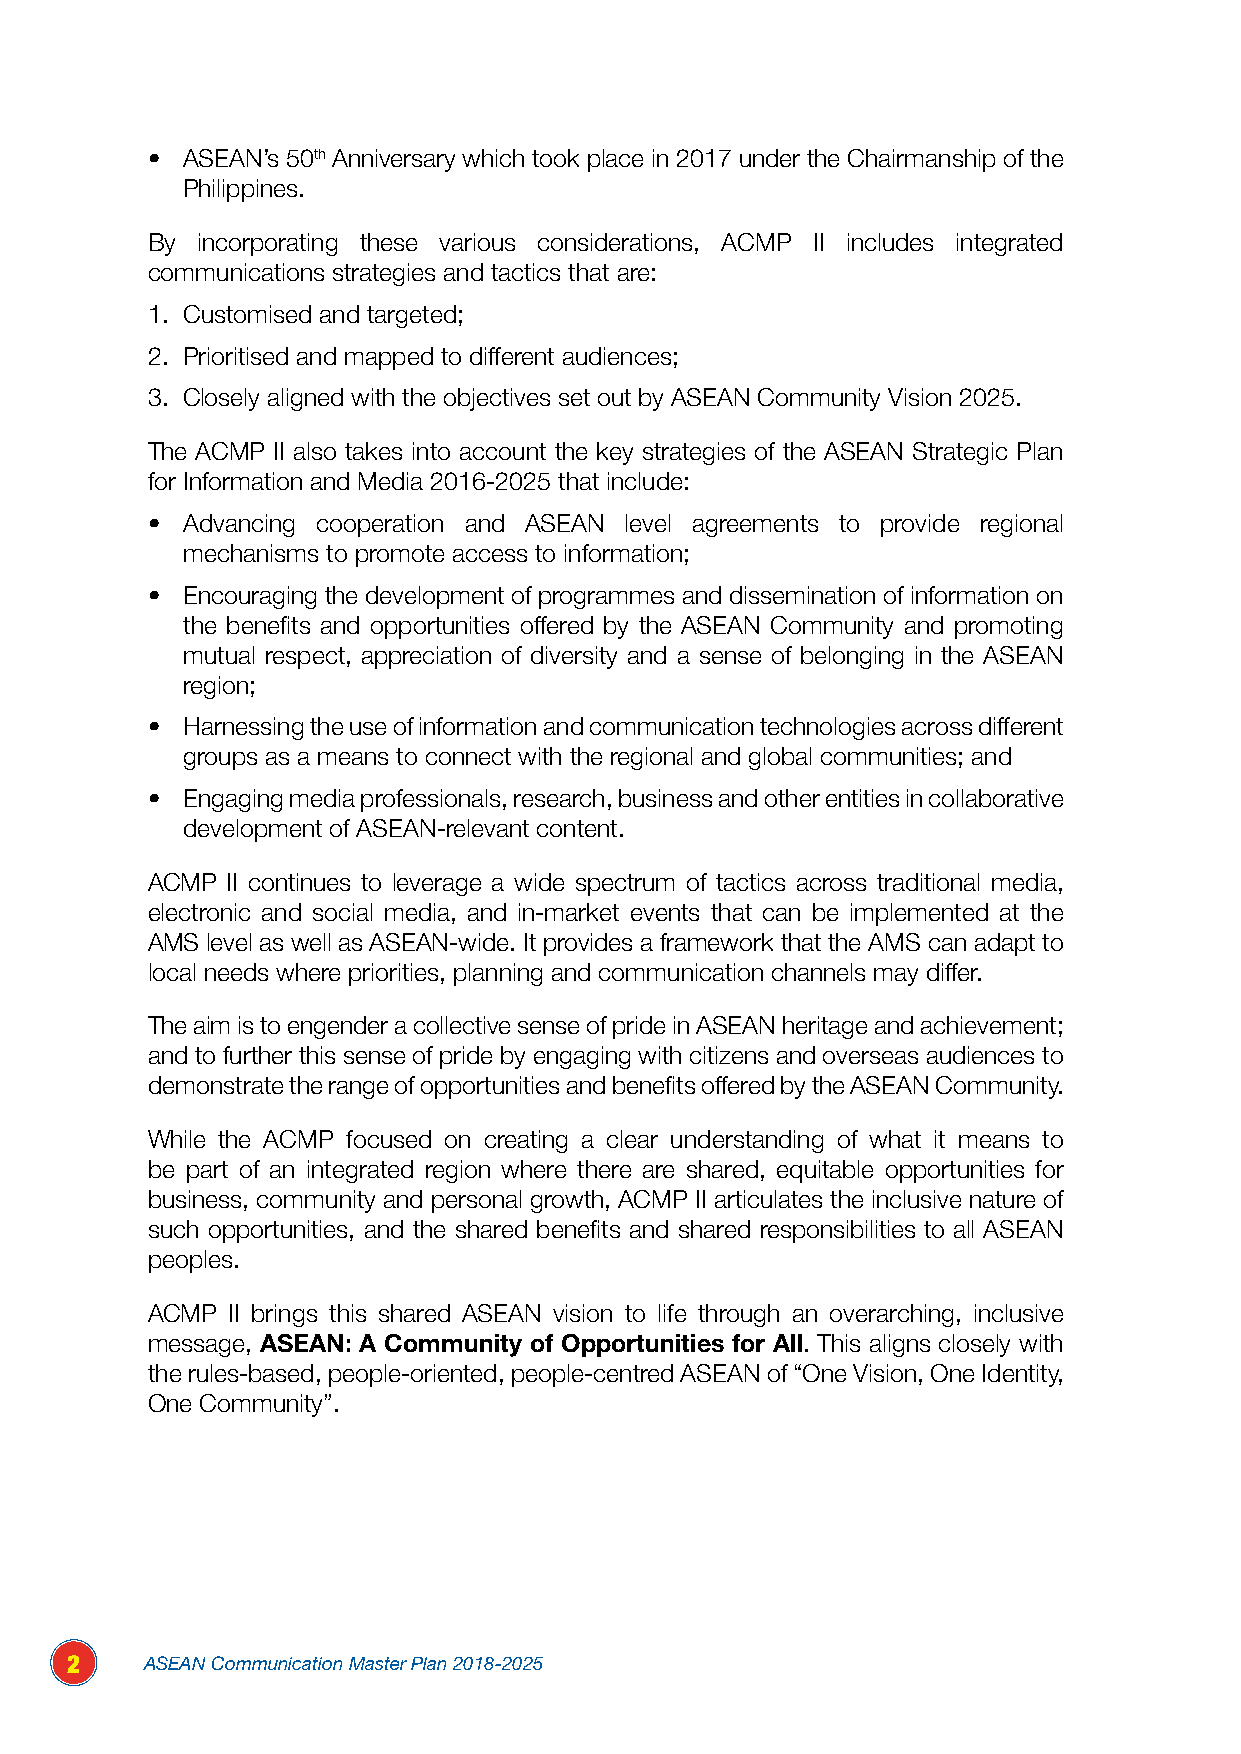
• ASEAN’s 50th Anniversary which took place in 2017 under the Chairmanship of the
 Philippines.
 By incorporating these various considerations, ACMP II includes integrated
 communications strategies and tactics that are:
 1. Customised and targeted;
 2. Prioritised and mapped to different audiences;
 3. Closely aligned with the objectives set out by ASEAN Community Vision 2025.
 The ACMP II also takes into account the key strategies of the ASEAN Strategic Plan
 for Information and Media 2016-2025 that include:
 • Advancing cooperation and ASEAN level agreements to provide regional
 mechanisms to promote access to information;
 • Encouraging the development of programmes and dissemination of information on
 the benefits and opportunities offered by the ASEAN Community and promoting
 mutual respect, appreciation of diversity and a sense of belonging in the ASEAN
 region;
 • Harnessing the use of information and communication technologies across different
 groups as a means to connect with the regional and global communities; and
 • Engaging media professionals, research, business and other entities in collaborative
 development of ASEAN-relevant content.
 ACMP II continues to leverage a wide spectrum of tactics across traditional media,
 electronic and social media, and in-market events that can be implemented at the
 AMS level as well as ASEAN-wide. It provides a framework that the AMS can adapt to
 local needs where priorities, planning and communication channels may differ.
 The aim is to engender a collective sense of pride in ASEAN heritage and achievement;
 and to further this sense of pride by engaging with citizens and overseas audiences to
 demonstrate the range of opportunities and benefits offered by the ASEAN Community.
 While the ACMP focused on creating a clear understanding of what it means to
 be part of an integrated region where there are shared, equitable opportunities for
 business, community and personal growth, ACMP II articulates the inclusive nature of
 such opportunities, and the shared benefits and shared responsibilities to all ASEAN
 peoples.
 ACMP II brings this shared ASEAN vision to life through an overarching, inclusive
 message, ASEAN: A Community of Opportunities for All. This aligns closely with
 the rules-based, people-oriented, people-centred ASEAN of “One Vision, One Identity,
 One Community”.
 2     ASEAN Communication Master Plan 2018-2025